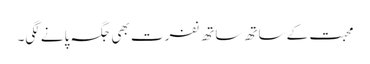
محبت کے ساتھ ساتھ نفرت بھی جگہ پانے لگی۔